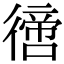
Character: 𢕮